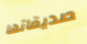
صديقاتها